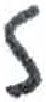
אות: ז